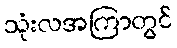
သုံးလအကြာတွင်